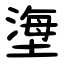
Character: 塰